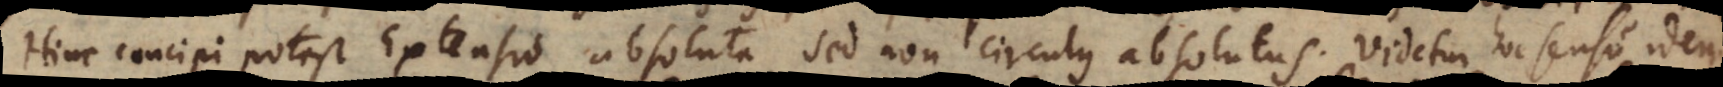
Hinc concipi potest Extensio absoluta, sed non circulus absolutus. Videtur hoc sensu idem